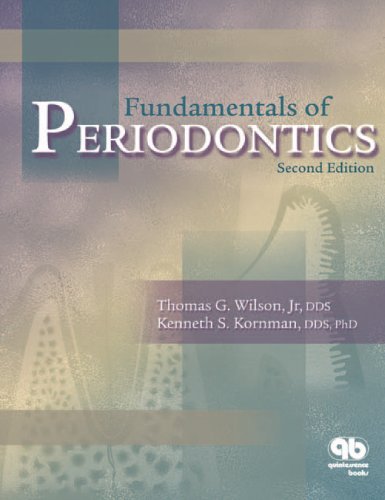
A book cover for Fundamentals of Periodontics; Thomas G. Wilson Jr.; Medical Books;